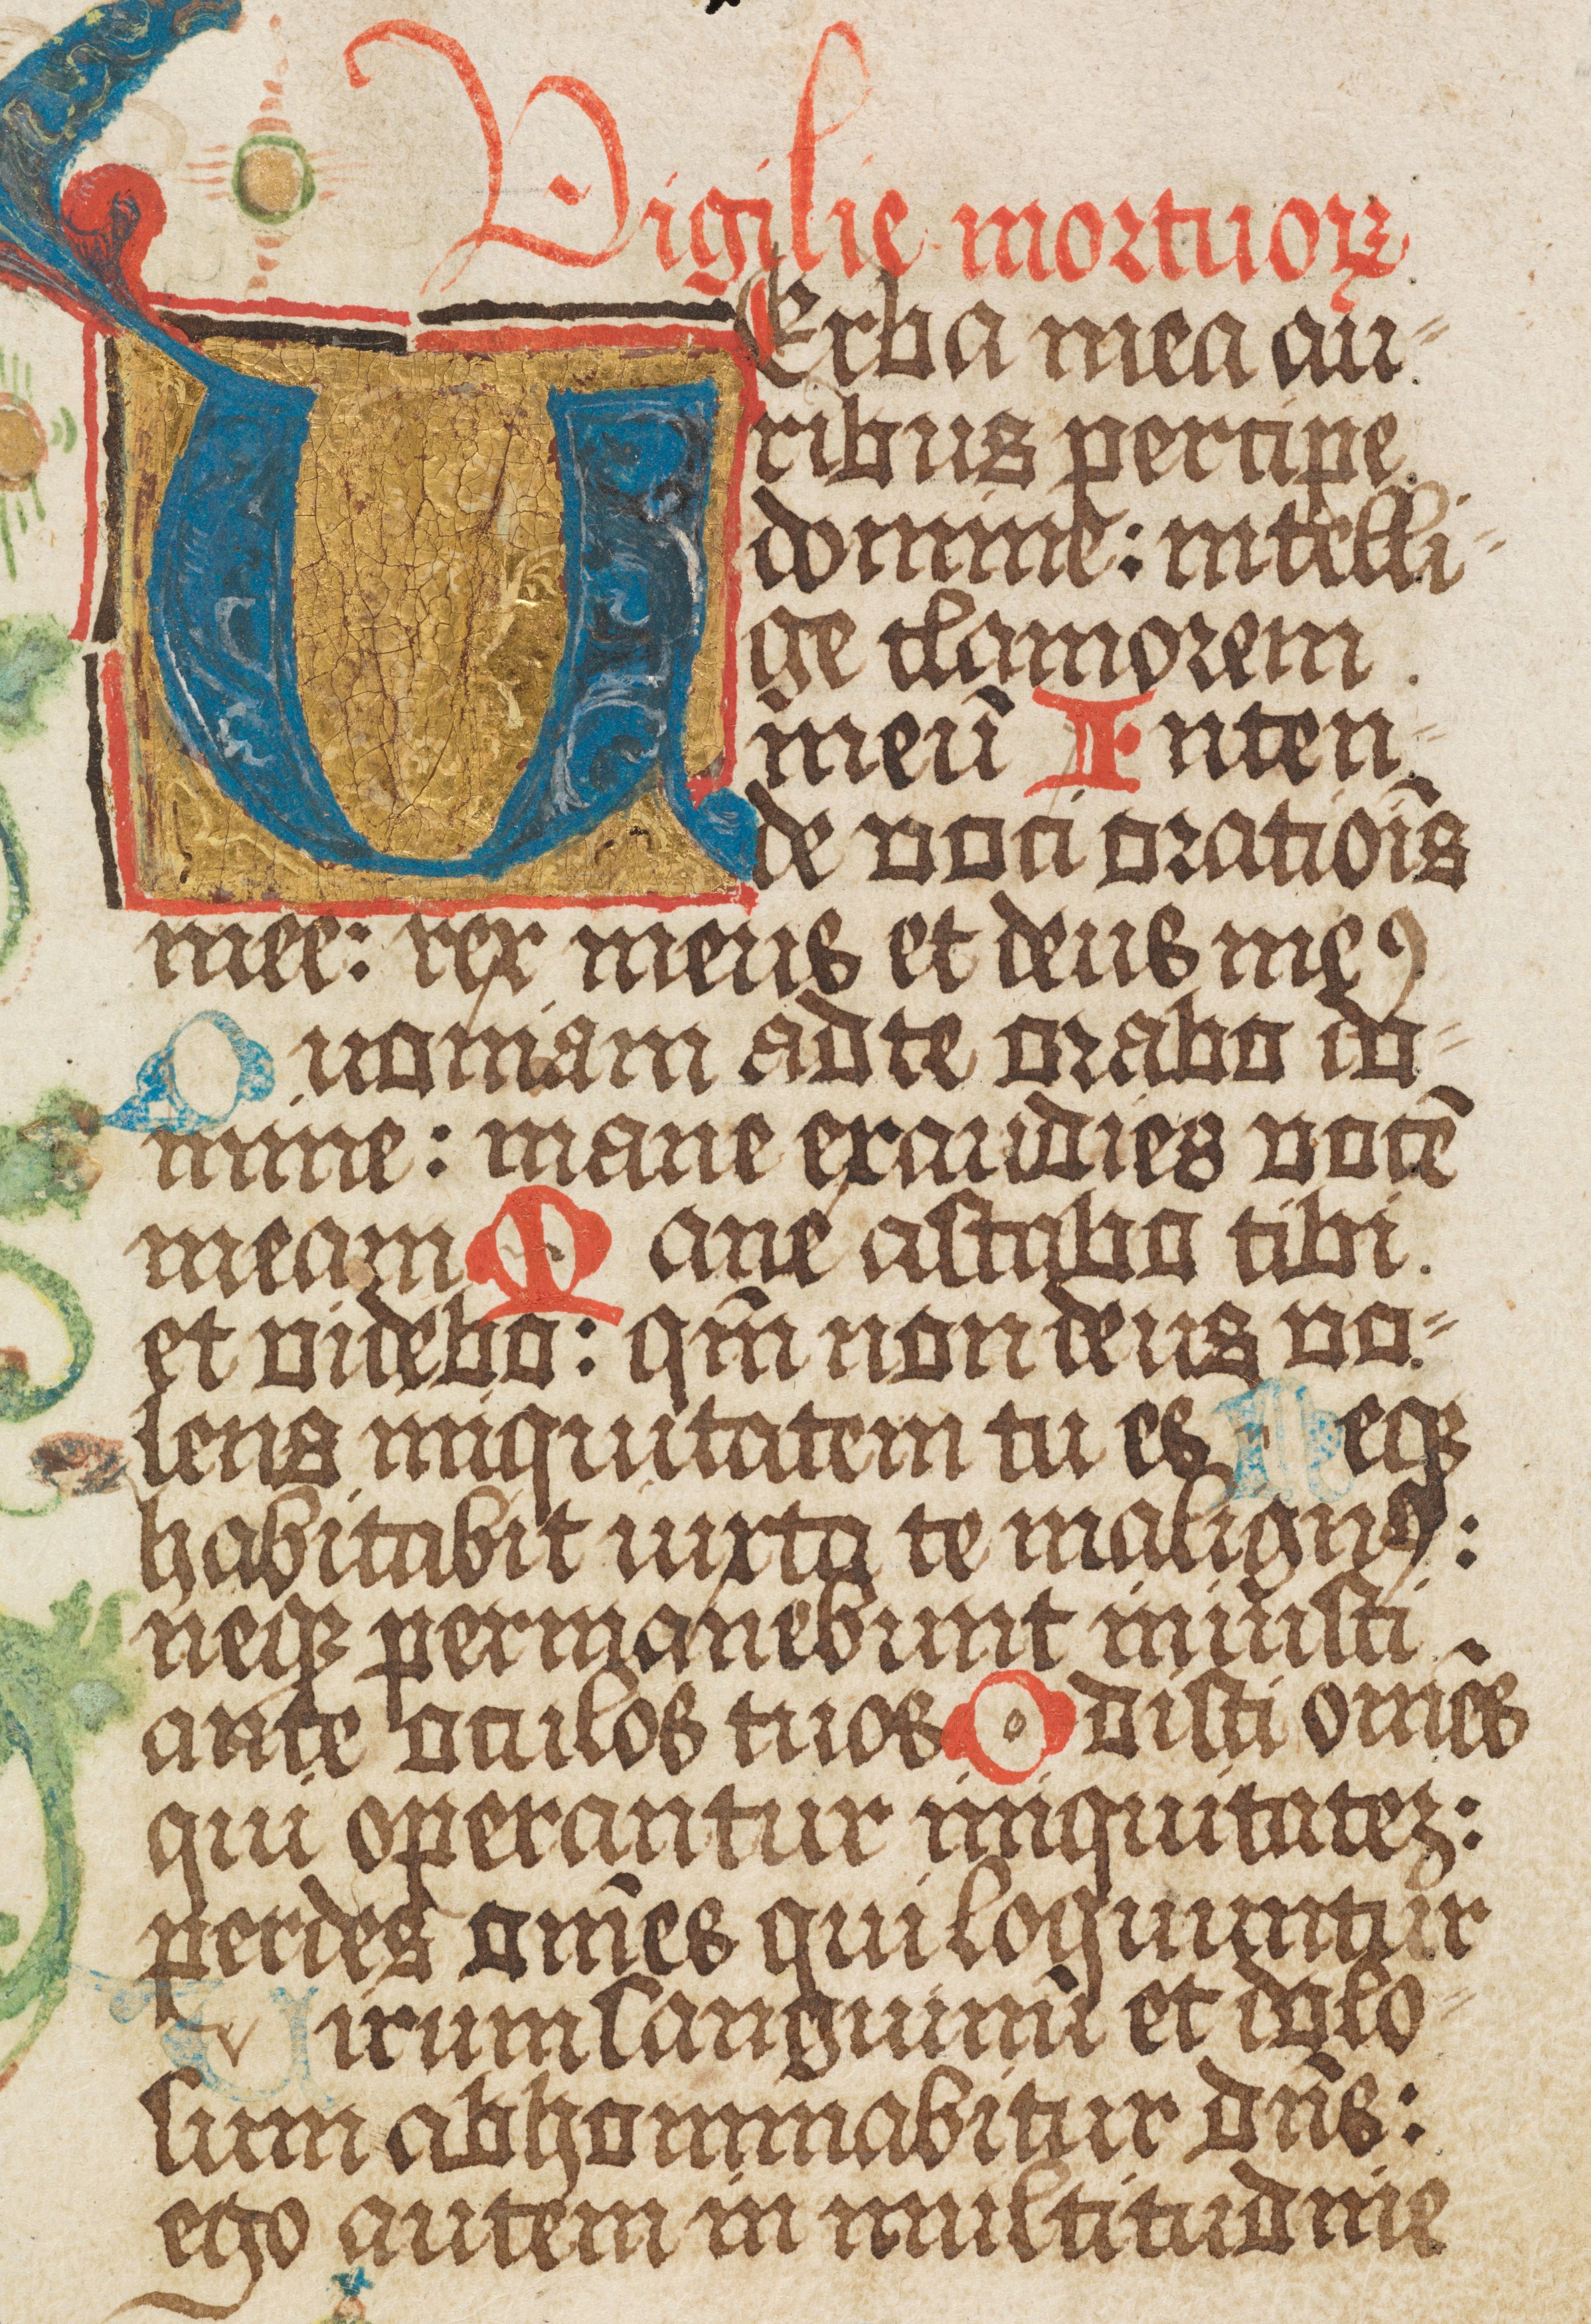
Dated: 1500–1524